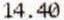
14.40